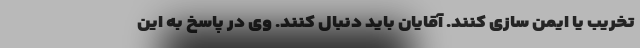
تخریب یا ایمن سازی کنند. آقایان باید دنبال کنند. وی در پاسخ به این